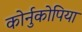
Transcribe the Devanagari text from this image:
कोर्नुकोपिया